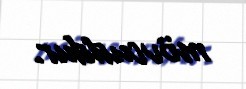
mövcuddur.